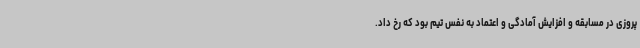
پروزی در مسابقه و افزایش آمادگی و اعتماد به نفس تیم بود که رخ داد.